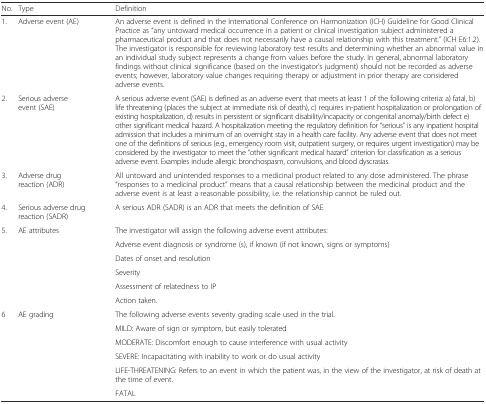
<table><thead><tr><td><b>No.</b></td><td><b>Type</b></td><td><b>Definition</b></td></tr></thead><tbody><tr><td>1.</td><td>Adverse event (AE)</td><td>An adverse event is defined in the International Conference on Harmonization (ICH) Guideline for Good Clinical Practice as “any untoward medical occurrence in a patient or clinical investigation subject administered a pharmaceutical product and that does not necessarily have a causal relationship with this treatment.” (ICH E6:1.2). The investigator is responsible for reviewing laboratory test results and determining whether an abnormal value in an individual study subject represents a change from values before the study. In general, abnormal laboratory findings without clinical significance (based on the investigator’s judgment) should not be recorded as adverse events; however, laboratory value changes requiring therapy or adjustment in prior therapy are considered adverse events.</td></tr><tr><td>2.</td><td>Serious adverse event (SAE)</td><td>A serious adverse event (SAE) is defined as an adverse event that meets at least 1 of the following criteria: a) fatal, b) life threatening (places the subject at immediate risk of death), c) requires in-patient hospitalization or prolongation of existing hospitalization, d) results in persistent or significant disability/incapacity or congenital anomaly/birth defect e) other significant medical hazard. A hospitalization meeting the regulatory definition for “serious” is any inpatient hospital admission that includes a minimum of an overnight stay in a health care facility. Any adverse event that does not meet one of the definitions of serious (e.g., emergency room visit, outpatient surgery, or requires urgent investigation) may be considered by the investigator to meet the “other significant medical hazard” criterion for classification as a serious adverse event. Examples include allergic bronchospasm, convulsions, and blood dyscrasias.</td></tr><tr><td>3.</td><td>Adverse drug reaction (ADR)</td><td>All untoward and unintended responses to a medicinal product related to any dose administered. The phrase “responses to a medicinal product” means that a causal relationship between the medicinal product and the adverse event is at least a reasonable possibility, i.e. the relationship cannot be ruled out.</td></tr><tr><td>4.</td><td>Serious adverse drug reaction (SADR)</td><td>A serious ADR (SADR) is an ADR that meets the definition of SAE</td></tr><tr><td rowspan="6">5.</td><td rowspan="6">AE attributes</td><td>The investigator will assign the following adverse event attributes:</td></tr><tr><td>Adverse event diagnosis or syndrome (s), if known (if not known, signs or symptoms)</td></tr><tr><td>Dates of onset and resolution</td></tr><tr><td>Severity</td></tr><tr><td>Assessment of relatedness to IP</td></tr><tr><td>Action taken.</td></tr><tr><td rowspan="6">6</td><td rowspan="6">AE grading</td><td>The following adverse events severity grading scale used in the trial.</td></tr><tr><td>MILD: Aware of sign or symptom, but easily tolerated</td></tr><tr><td>MODERATE: Discomfort enough to cause interference with usual activity</td></tr><tr><td>SEVERE: Incapacitating with inability to work or do usual activity</td></tr><tr><td>LIFE-THREATENING: Refers to an event in which the patient was, in the view of the investigator, at risk of death at the time of event.</td></tr><tr><td>FATAL</td></tr></tbody></table>